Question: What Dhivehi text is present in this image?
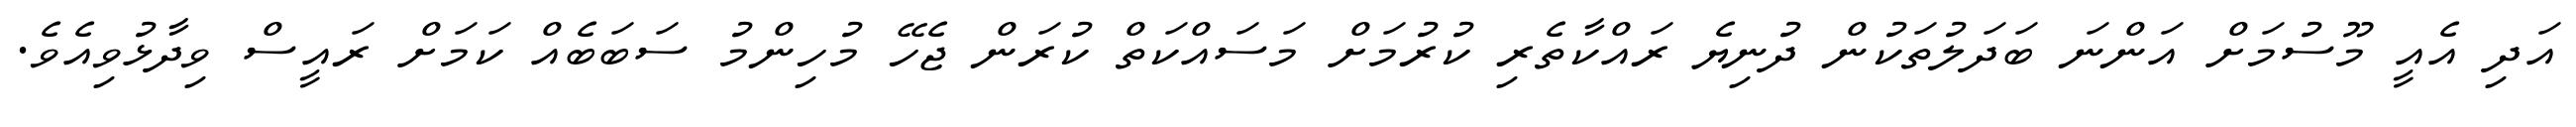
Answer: އަދި އެއީ މޫސުމަށް އަންނަ ބަދަލުތަކުން ދުނިޔެ ރައްކާތެރި ކުރުމަށް މަސައްކަތް ކުރަން ޖެހޭ މުހިންމު ސަބަބެއް ކަމަށް ރައީސް ވިދާޅުވިއެވެ.